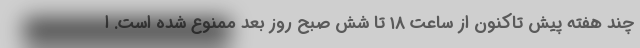
چند هفته پیش تاکنون از ساعت ۱۸ تا شش صبح روز بعد ممنوع شده است. ا